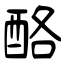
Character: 酪